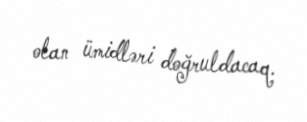
olan ümidləri doğruldacaq.